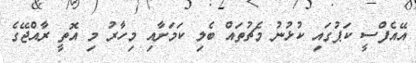
އޭއެފްސީ ކަޕުގައި ކުޅުނު މެޗުތައް ބެލި ކަމަށާއި މިހާރު މި އޮތީ ރާއްޖޭގެ